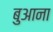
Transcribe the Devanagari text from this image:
बुआना